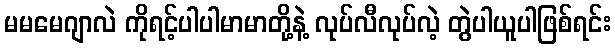
မမမေဂျာလဲ ကိုရင့်ပါပါမာမာတို့နဲ့ လုပ်လီလုပ်လဲ့ တွဲပါယူပါဖြစ်ရင်း